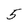
Character: 5